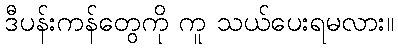
ဒီပန်းကန်တွေကို ကူ သယ်ပေးရမလား။